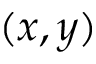
( x , y )